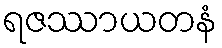
ရဇဿာယတနံ